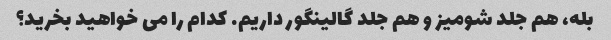
بله، هم جلد شومیز و هم جلد گالینگور داریم. کدام را می خواهید بخرید؟